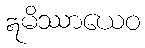
ဣမိဿာယေဝ